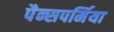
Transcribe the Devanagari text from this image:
पैन्सपर्मिया